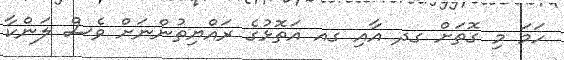
ހަމަ މި ގޮތަށް ގދ އާއި ގއ އަތޮޅުގެ ރައްޔިތުންނަށް ވެސް ލަންކާ